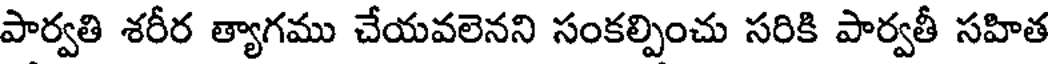
పార్వతి శరీర త్యాగము చేయవలెనని సంకల్పించు సరికి పార్వతీ సహిత